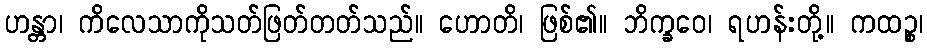
ဟန္တာ၊ ကိလေသာကိုသတ်ဖြတ်တတ်သည်။ ဟောတိ၊ ဖြစ်၏။ ဘိက္ခဝေ၊ ရဟန်းတို့။ ကထဉ္စ၊